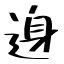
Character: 𨓉